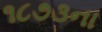
૧૮૭૩ના